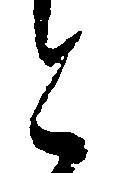
と